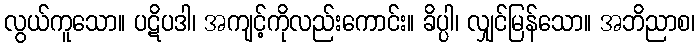
လွယ်ကူသော။ ပဋိပဒါ၊ အကျင့်ကိုလည်းကောင်း။ ခိပ္ပါ၊ လျှင်မြန်သော။ အဘိညာစ၊